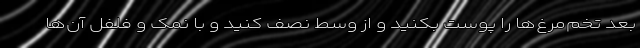
بعد تخم‌مرغ‌ها را پوست بکنید و از وسط نصف کنید و با نمک و فلفل آن‌ها